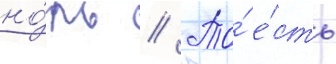
но́ль // То́ е́сть